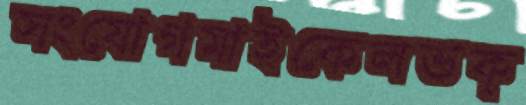
সংযোগমাইকেলভক্